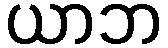
ယာဘ